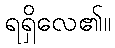
ရရှိလေ၏။